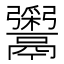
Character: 𬴹